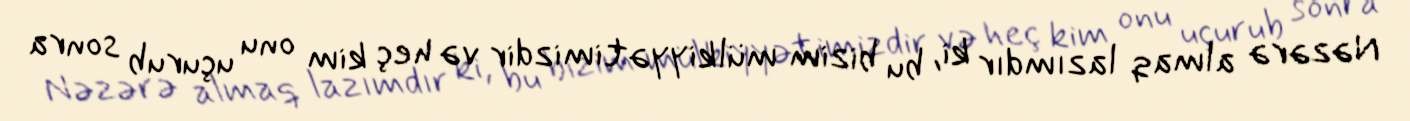
Nəzərə almaq lazımdır ki, bu bizim mülkiyyətimizdir və heç kim onu uçurub sonra